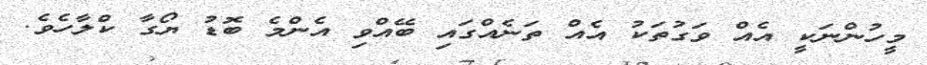
މީހުންނަކީ އެއް ވަގުތަކު އެއް ތަނެއްގައި ބޭއްވި އެންމެ ބޮޑު ޔޯގާ ކްލާހެވެ.